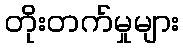
တိုးတက်မှုများ